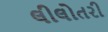
લીલોતરી